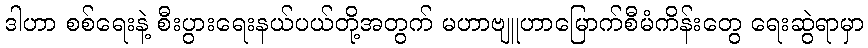
ဒါဟာ စစ်ရေးနဲ့ စီးပွားရေးနယ်ပယ်တို့အတွက် မဟာဗျူဟာမြောက်စီမံကိန်းတွေ ရေးဆွဲရာမှာ